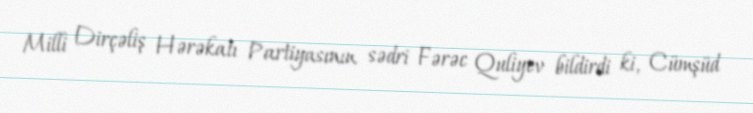
Milli Dirçəliş Hərəkatı Partiyasının sədri Fərəc Quliyev bildirdi ki, Cümşüd